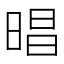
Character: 晿